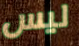
ليس